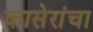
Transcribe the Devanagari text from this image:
कासेरांचा